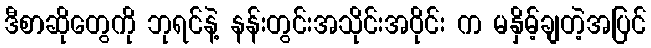
ဒီစာဆိုတွေကို ဘုရင်နဲ့ နန်းတွင်းအသိုင်းအဝိုင်း က မနှိမ့်ချတဲ့အပြင်